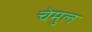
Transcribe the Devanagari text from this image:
चेमुल